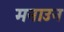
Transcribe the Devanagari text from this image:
मनाउन